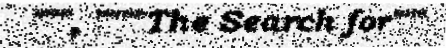
""", """"The Search for"""